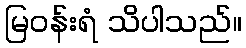
မြဝန်းရံ သိပါသည်။